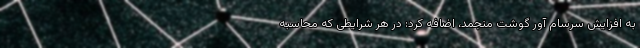
به افزایش سرسام آور گوشت منجمد، اضافه کرد: در هر شرایطی که محاسبه